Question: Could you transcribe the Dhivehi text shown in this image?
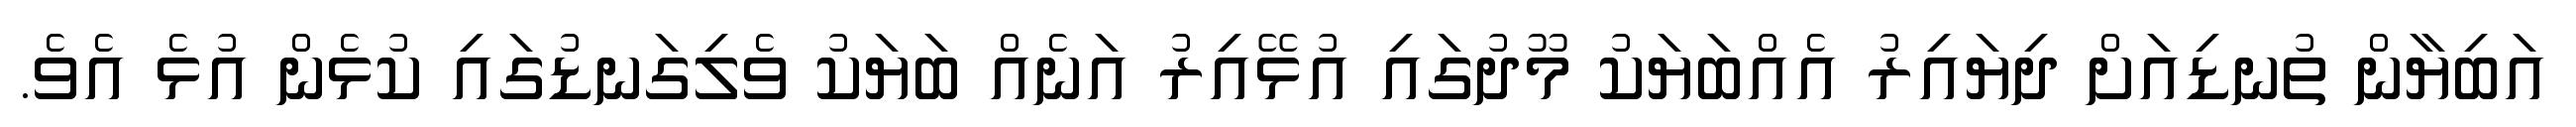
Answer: އަބިޔާން ތުނޑިއަށް ދިޔައިރު އެއްބަޔަކު މޫދުގައި އުޅޭއިރު އަނެއް ބަޔަކު ވެލިގަނޑުގައި ކުޅެން އުޅެ އެވެ.